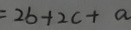
= 2 b + 2 c + a